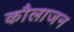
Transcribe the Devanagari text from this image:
कौलाजन